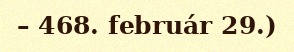
– 468. február 29.)